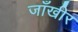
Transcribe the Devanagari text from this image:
जाँखीर